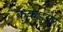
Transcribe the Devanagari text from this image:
कुकडनेर